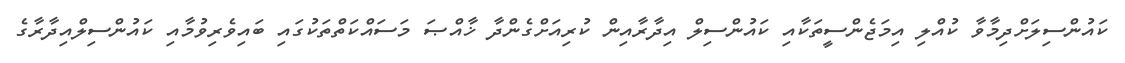
ކައުންސިލަށްދިމާވާ ކުއްލި އިމަޖެންސީތަކާއި ކައުންސިލް އިދާރާއިން ކުރިއަށްގެންދާ ޚާއްޞަ މަސައްކަތްތަކުގައި ބައިވެރިވުމާއި ކައުންސިލްއިދާރާގެ